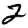
Digit: 2